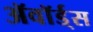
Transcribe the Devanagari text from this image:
ॲवॉर्ड्‌स